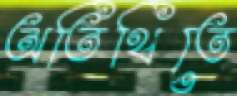
অতিথিতে